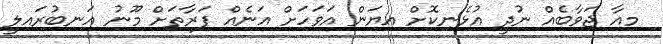
މިއާ ޖަވާބެއް ނުދީ އުޅެނިކޮށް އިޔަން އަވަހަށް އަނެއް ފަރާތަށް މޫނު އަނބުރައިލީ